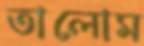
তালোম